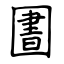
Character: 圕